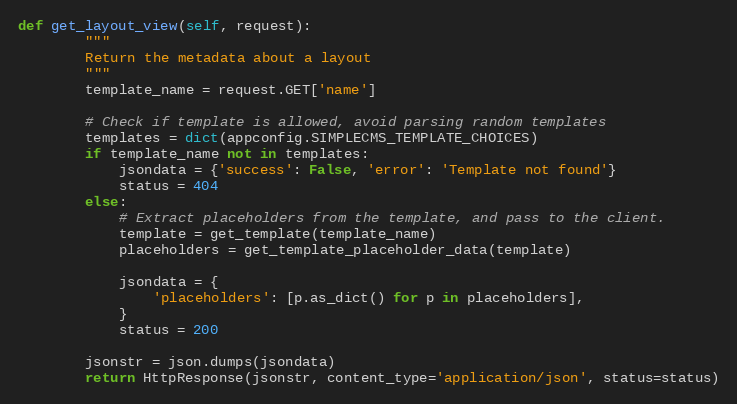
Language: Python
def get_layout_view(self, request):
        """
        Return the metadata about a layout
        """
        template_name = request.GET['name']

        # Check if template is allowed, avoid parsing random templates
        templates = dict(appconfig.SIMPLECMS_TEMPLATE_CHOICES)
        if template_name not in templates:
            jsondata = {'success': False, 'error': 'Template not found'}
            status = 404
        else:
            # Extract placeholders from the template, and pass to the client.
            template = get_template(template_name)
            placeholders = get_template_placeholder_data(template)

            jsondata = {
                'placeholders': [p.as_dict() for p in placeholders],
            }
            status = 200

        jsonstr = json.dumps(jsondata)
        return HttpResponse(jsonstr, content_type='application/json', status=status)